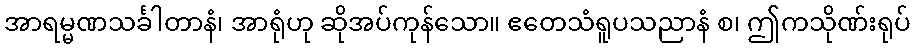
အာရမ္မဏသင်္ခါတာနံ၊ အာရုံဟု ဆိုအပ်ကုန်သော။ ဧတေသံရူပသညာနံ စ၊ ဤကသိုဏ်းရုပ်